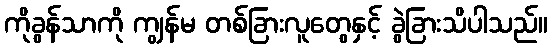
ကိုခွန်သာကို ကျွန်မ တစ်ခြားလူတွေနှင့် ခွဲခြားသိပါသည်။